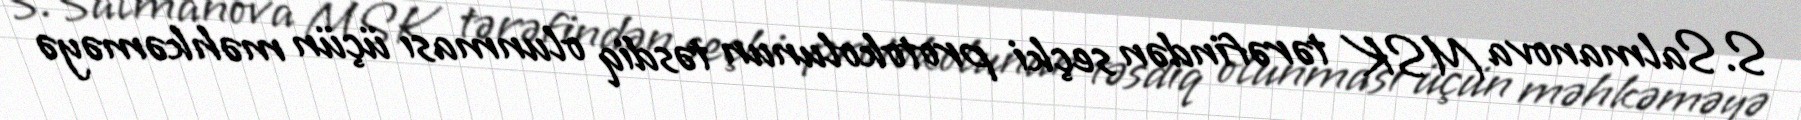
S.Salmanova MSK tərəfindən seçki protokolunun təsdiq olunması üçün məhkəməyə